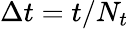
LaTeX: \Delta t=t/N_{t}